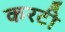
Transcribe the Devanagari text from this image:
करटी